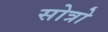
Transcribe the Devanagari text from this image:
सोत्रो